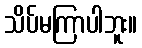
သိပ်မကြာပါဘူး။